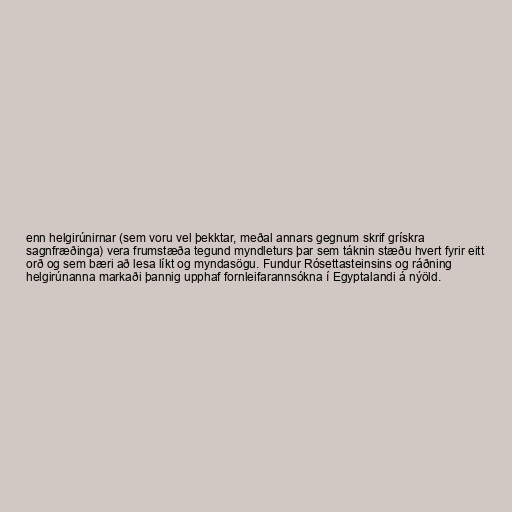
enn helgirúnirnar (sem voru vel þekktar, meðal annars gegnum skrif grískra
sagnfræðinga) vera frumstæða tegund myndleturs þar sem táknin stæðu hvert fyrir eitt
orð og sem bæri að lesa líkt og myndasögu. Fundur Rósettasteinsins og ráðning
helgirúnanna markaði þannig upphaf fornleifarannsókna í Egyptalandi á nýöld.